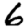
Digit: 6